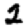
Digit: 2